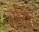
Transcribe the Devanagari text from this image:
चक्रि